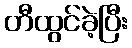
တီထွင်ခဲ့ပြီး